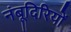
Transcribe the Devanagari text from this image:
नंबूदिरियों